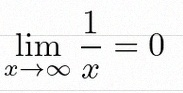
\lim_{x\to\infty}\frac{1}{x}=0